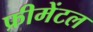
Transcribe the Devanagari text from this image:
फ्रीमेंटल